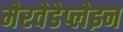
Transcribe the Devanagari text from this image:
मेरवेडेप्लेइन